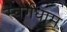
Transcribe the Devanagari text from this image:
स्वर्गधाम